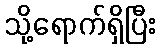
သို့ရောက်ရှိပြီး